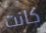
كانت